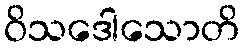
ဝိသဒေါသောတိ